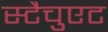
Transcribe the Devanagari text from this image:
स्टैचुएट